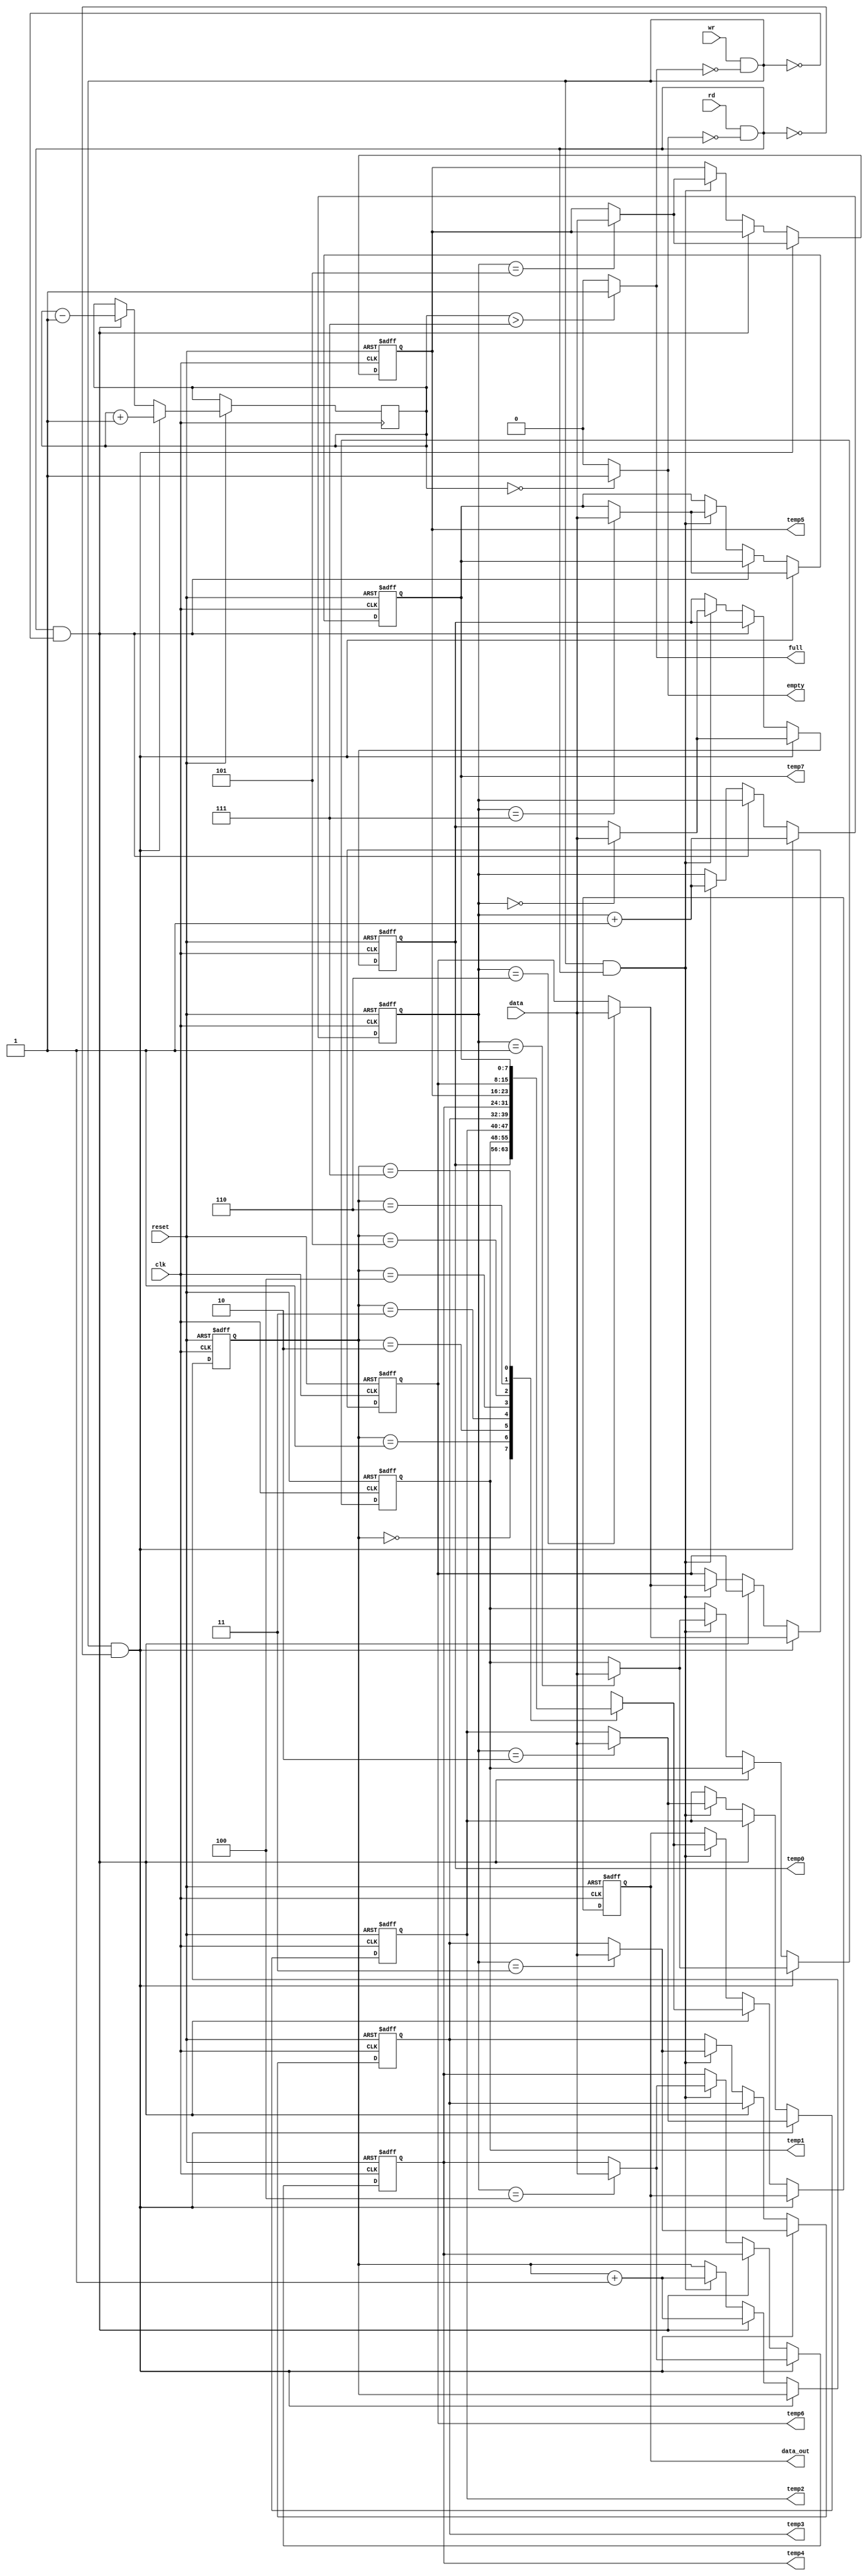
//                              -*- Mode: Verilog -*-
// Description     : fifo with width depth 8
// Author          : 
// Last Modified By: 
// Update Count    : 0
// Status          : Unknown, Use with caution!
/////////////////////////////////////////////////////

module fifo(data,
	    rd,
	    wr,
	    reset,
	    clk,
	    data_out,
	    full,
	    empty,
	    temp0,
	    temp1,
	    temp2,
	    temp3,
	    temp4,
	    temp5,
	    temp6,
	    temp7);

   parameter q=7;
   input [q:0]data;
   input rd;
   input wr;
   input reset;
   input clk;
   
   output [q:0] data_out;
   output full;
   output empty;
   output [7:0] temp0;
   output [7:0] temp1;
   output [7:0] temp2;
   output [7:0] temp3;
   output [7:0] temp4;
   output [7:0] temp5;
   output [7:0] temp6;
   output [7:0] temp7;
   
   reg [3:0] 	fcount=4'b0;
   
   reg [2:0] 	wr_ptr=3'b0;
   
   reg [2:0] 	rd_ptr=3'b0;
   
   reg [q:0] 	fifo[q:0];
   reg 		full=1'b0;
   
   reg      empty=1'b0;
   
   reg [q:0] data_out;
   wire      wr_en;
   wire rd_en;
   assign wr_en=(wr&&(!full));
   assign rd_en=(rd&&(!empty));
 
   assign temp0=fifo[0];
   assign temp1=fifo[1];
   assign temp2=fifo[2];
   assign temp3=fifo[3];
   assign temp4=fifo[4];
   assign temp5=fifo[5];
   assign temp6=fifo[6];
   assign temp7=fifo[7];
/*   
 
 assign full=((wr_ptr>q)?1'b1:1'b0);
 assign empty=((rd_ptr==wr_ptr)?1'b1:1'b0);
 */
   always @(fcount)
     begin
	
	if(fcount>4'b0111)
	  full=1'b1;
	else full=1'b0;
     end
   
   always @(fcount)
     begin  
	if(fcount==4'b0)
	  empty=1'b1;
	else
	  empty=1'b0;
	
     end
   
   
   
   always @(posedge clk or negedge reset)
     begin
	if(~reset)
	  begin
	     wr_ptr<=3'b0;
	     rd_ptr<=3'b0;
	     fifo[0]<=8'b0;
	     fifo[1]<=8'b0;
	     fifo[2]<=8'b0;
	     fifo[3]<=8'b0;
	     fifo[4]<=8'b0;
	     fifo[5]<=8'b0;
	     fifo[6]<=8'b0;
	     fifo[7]<=8'b0;
	     
	     data_out<=8'b0; //..
	  end
	else if(wr_en&&(!rd_en))
	  begin
	     fcount=fcount+1'b1;
	     fifo[wr_ptr]<=data;
	     wr_ptr<=wr_ptr+1'b1;
	     
	  end
	
	else if(rd_en&&(!wr_en))
	  begin
	      fcount=fcount-1'b1;
	     data_out<=fifo[rd_ptr];
	     rd_ptr<=rd_ptr+1'b1;
	    
	     
	  end
	
	else if (wr_en&&rd_en)
	  begin
	  //   fcount<=fcount+1'b1;
	     fifo[wr_ptr]<=data;
	     wr_ptr<=wr_ptr+1'b1;
	     
	    // fcount=fcount-1'b1;
	     data_out<=fifo[rd_ptr];
	     rd_ptr<=rd_ptr+1'b1;
	 
	  end
	
	else
	  data_out<=data_out;
	
	
     end // always @ (posedge clk or negedge reset)
endmodule // fifo